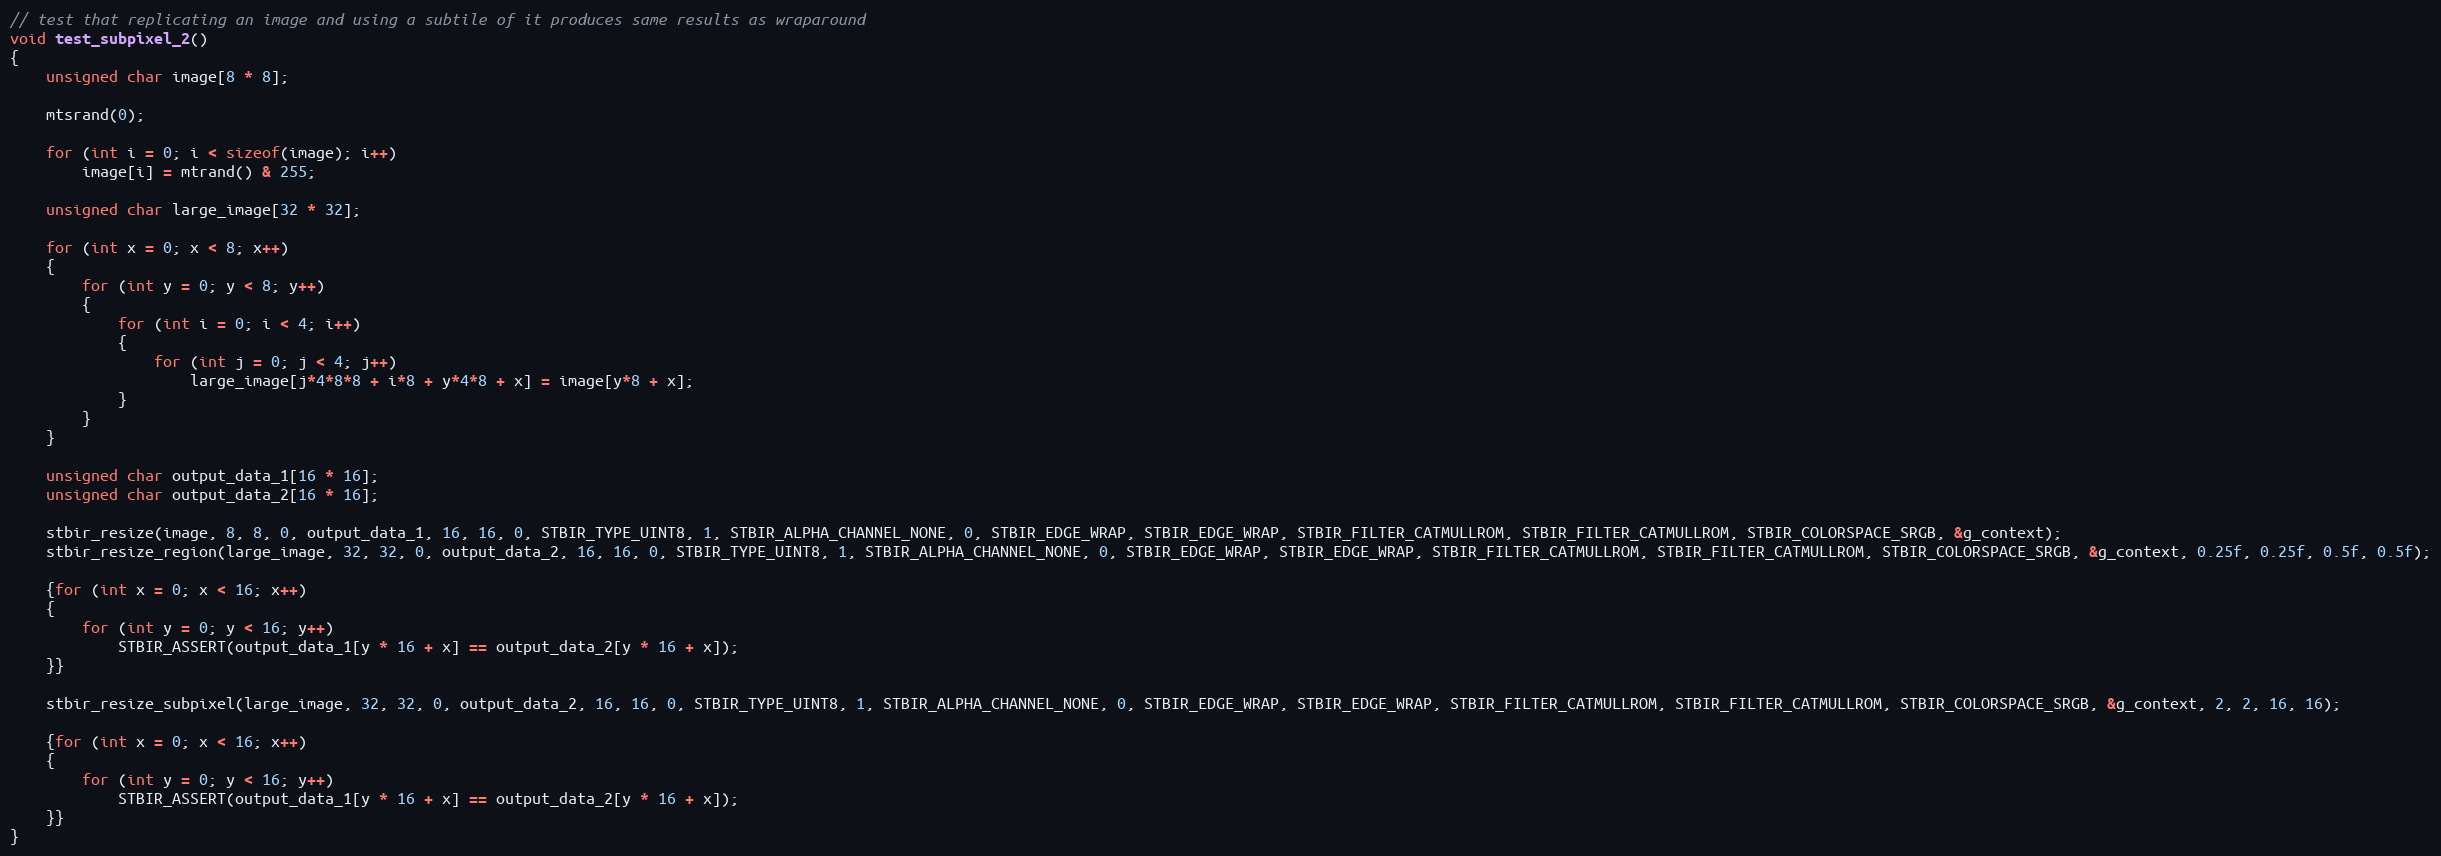
Language: C++
// test that replicating an image and using a subtile of it produces same results as wraparound
void test_subpixel_2()
{
	unsigned char image[8 * 8];

	mtsrand(0);

	for (int i = 0; i < sizeof(image); i++)
		image[i] = mtrand() & 255;

	unsigned char large_image[32 * 32];

	for (int x = 0; x < 8; x++)
	{
		for (int y = 0; y < 8; y++)
		{
			for (int i = 0; i < 4; i++)
			{
				for (int j = 0; j < 4; j++)
					large_image[j*4*8*8 + i*8 + y*4*8 + x] = image[y*8 + x];
			}
		}
	}

	unsigned char output_data_1[16 * 16];
	unsigned char output_data_2[16 * 16];

	stbir_resize(image, 8, 8, 0, output_data_1, 16, 16, 0, STBIR_TYPE_UINT8, 1, STBIR_ALPHA_CHANNEL_NONE, 0, STBIR_EDGE_WRAP, STBIR_EDGE_WRAP, STBIR_FILTER_CATMULLROM, STBIR_FILTER_CATMULLROM, STBIR_COLORSPACE_SRGB, &g_context);
	stbir_resize_region(large_image, 32, 32, 0, output_data_2, 16, 16, 0, STBIR_TYPE_UINT8, 1, STBIR_ALPHA_CHANNEL_NONE, 0, STBIR_EDGE_WRAP, STBIR_EDGE_WRAP, STBIR_FILTER_CATMULLROM, STBIR_FILTER_CATMULLROM, STBIR_COLORSPACE_SRGB, &g_context, 0.25f, 0.25f, 0.5f, 0.5f);

	{for (int x = 0; x < 16; x++)
	{
		for (int y = 0; y < 16; y++)
			STBIR_ASSERT(output_data_1[y * 16 + x] == output_data_2[y * 16 + x]);
	}}

	stbir_resize_subpixel(large_image, 32, 32, 0, output_data_2, 16, 16, 0, STBIR_TYPE_UINT8, 1, STBIR_ALPHA_CHANNEL_NONE, 0, STBIR_EDGE_WRAP, STBIR_EDGE_WRAP, STBIR_FILTER_CATMULLROM, STBIR_FILTER_CATMULLROM, STBIR_COLORSPACE_SRGB, &g_context, 2, 2, 16, 16);

	{for (int x = 0; x < 16; x++)
	{
		for (int y = 0; y < 16; y++)
			STBIR_ASSERT(output_data_1[y * 16 + x] == output_data_2[y * 16 + x]);
	}}
}